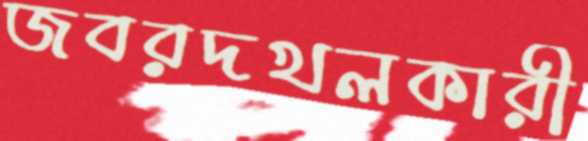
জবরদখলকারী